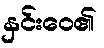
နှင်းဝေ၏